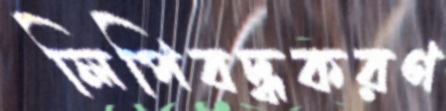
লিপিবদ্ধকরণ